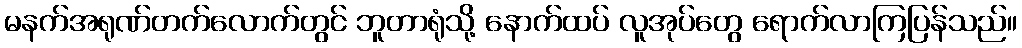
မနက်အရုဏ်တက်လောက်တွင် ဘူတာရုံသို့ နောက်ထပ် လူအုပ်တွေ ရောက်လာကြပြန်သည်။